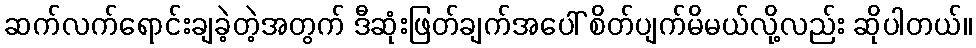
ဆက်လက်ရောင်းချခဲ့တဲ့အတွက် ဒီဆုံးဖြတ်ချက်အပေါ် စိတ်ပျက်မိမယ်လို့လည်း ဆိုပါတယ်။